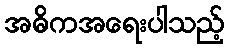
အဓိကအရေးပါသည့်